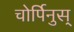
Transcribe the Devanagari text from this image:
चोर्पिनुस्